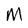
Character: M